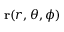
\mathbf { r } ( r , \theta , \phi )